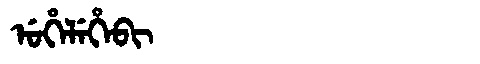
Manchu: ᡠᡥᡝᠯᡝᡥᡝᠪᡳ
Romanization: UHELEHEBI